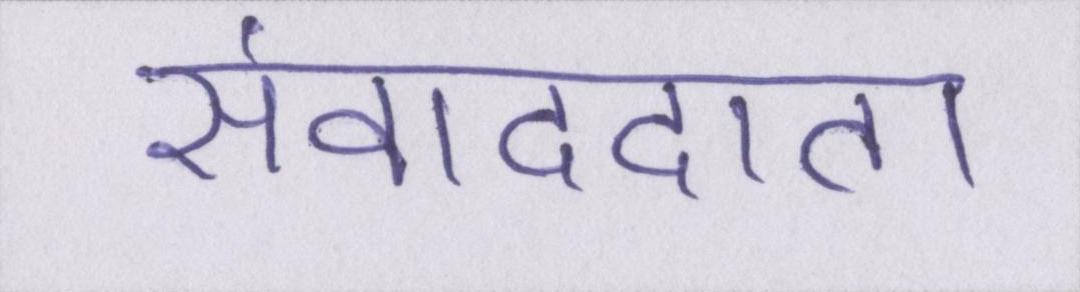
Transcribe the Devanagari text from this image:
संवाददाता